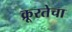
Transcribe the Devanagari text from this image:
क्रूरतेचा